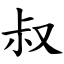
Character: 叔